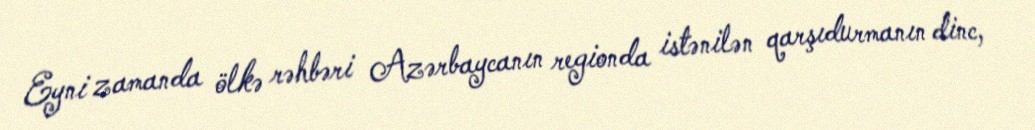
Eyni zamanda ölkə rəhbəri Azərbaycanın regionda istənilən qarşıdurmanın dinc,